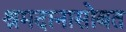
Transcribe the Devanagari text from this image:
श्रमदानासोबत